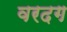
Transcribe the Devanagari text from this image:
वरदग